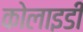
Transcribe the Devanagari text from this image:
कोलाइडी